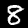
Label: 8